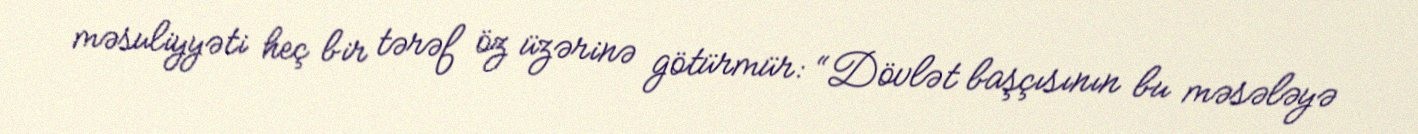
məsuliyyəti heç bir tərəf öz üzərinə götürmür: “Dövlət başçısının bu məsələyə